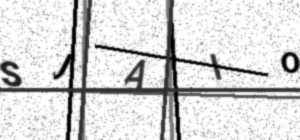
Text: SJAIO